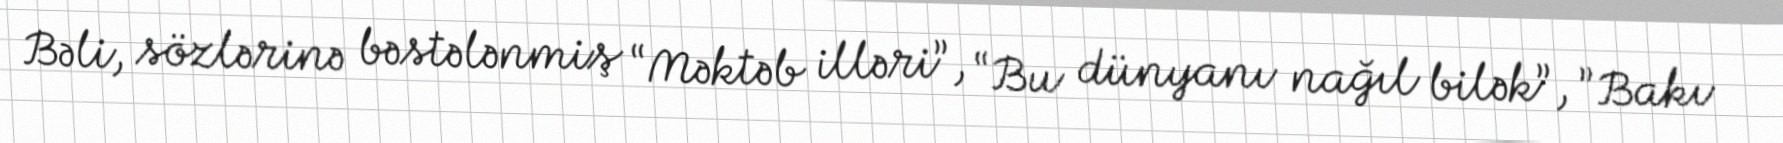
Bəli, sözlərinə bəstələnmiş “Məktəb illəri”, “Bu dünyanı nağıl bilək”, ”Bakı